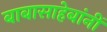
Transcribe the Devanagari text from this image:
बाबासाहेबांनीं